Civil Veterinary Department Bihar & Orissa reports 1929-36 - 1929-1936
Year: 1929
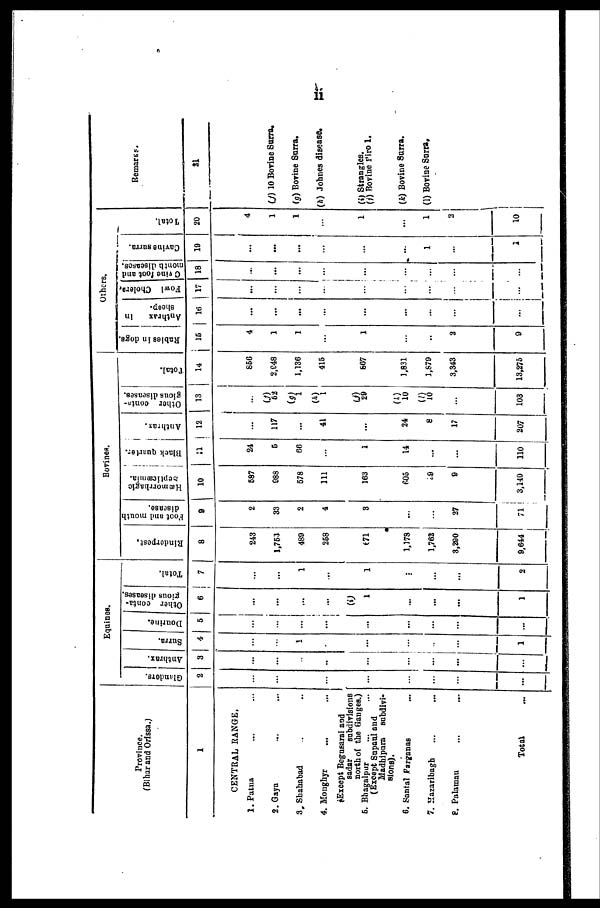
11
Province.
(Bihar and Orissa.)
1
CENTRAL RANGE.
l. Patna ... ...
2. Gaya ... ...
3, Shahabad ... ...
4. Monghyr ...
Except Begasarai and
sadar subdivisions
north of the Ganges.)
5. Bhagalpur
(Except Sapaul and
Madhipara subdivi-
sions).
6. Santal Parganas ...
7. Hazaribagh ... ...
8. Palamau ... ...
Total ...
Equines.
Glanders.
2
...
...
...
...
...
...
...
...
...
Anthrax.
3
...
...
...
..
...
...
...
...
...
Surra.
4
...
...
1
...
...
...
...
1
Dourine.
5
...
...
...
...
...
...
...
...
...
Other conta-
gious diseases.
6
...
...
...
...
1
...
...
...
1
Total.
7
...
...
1
1
...
...
...
2
Bovines.
Rinderpest,
8
243
1,753
489
258
€71
1,178
1,762
3,290
9,644
Foot and mouth
disease.
9
2
33
2
4
3
...
...
27
71
Hæmorrhagic
Septiæmia.
10
587
988
578
111
163
605
29
9
3,140
Black quarter.
11
24
5
66
1
14
...
...
110
Anthrax.
12
...
117
...
41
24
8
17
207
Other conta-
gious diseases.
13
...
(f)
52
(g)
(h)
1
(j)
29
(i)
10
(l)
10
103
Total.
14
856
2,948
1,136
415
867
1,831
1,879
3,343
13,275
Others.
Rabies in dogs
15
4
1
1
...
1
...
...
2
9
Anthrax
In
sheep.
| 16
...
...
...
...
...
...
...
...
...
Fowl Cholera,
| 17
...
...
...
...
...
...
...
...
...
C vine foot and
month diseases.
18
...
...
...
...
...
...
...
...
...
Cavine surra.
19
...
...
...
...
...
...
1
...
1
Total.
20
4
1
1
...
1
...
1
2
10
Remarks.
21
(f) 10 Bovine Surra.
(g) Bovine Sana,
(h) Johnes disease.
(i) Strangles.
(j) Bovine Piro 1.
(k) Bovine Surra.
(l) Bovine Surra,